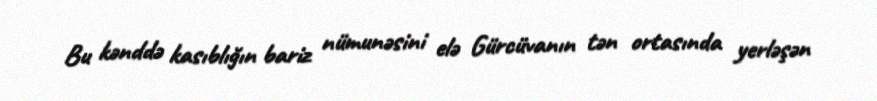
Bu kənddə kasıblığın bariz nümunəsini elə Gürcüvanın tən ortasında yerləşən